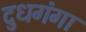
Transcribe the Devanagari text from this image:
दुधगंगा